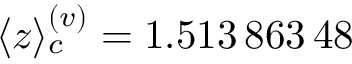
\langle z \rangle _ { c } ^ { ( v ) } = 1 . 5 1 3 \, 8 6 3 \, 4 8